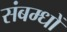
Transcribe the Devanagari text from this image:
संबम्धों